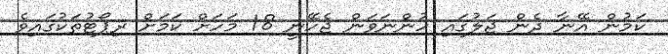
ކަމުން އޭނާ ދެން ޖަލުގައި ހުންނަވަން ޖެހޭނީ 18 މަހަށް ކަމަށް ރިޕޯޓުތަކުގައިވެ